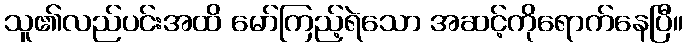
သူ၏လည်ပင်းအထိ မော်ကြည့်ရဲသော အဆင့်ကိုရောက်နေပြီ။